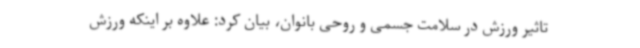
تاثیر ورزش در سلامت جسمی و روحی بانوان، بیان کرد: علاوه بر اینکه ورزش